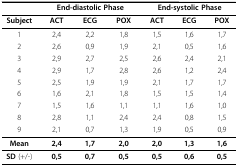
|  | <COLSPAN=3> End-diastolic Phase | <COLSPAN=3> End-systolic Phase |
 | --- | --- | --- | --- | --- | --- | --- |
 | Subject | ACT | ECG | POX | ACT | ECG | POX |
 | 1 | 2,4 | 2,2 | 1,8 | 1,5 | 1,6 | 1,7 |
 | 2 | 2,6 | 0,9 | 1,9 | 2,1 | 0,5 | 1,6 |
 | 3 | 2,9 | 2,7 | 2,5 | 2,6 | 2,4 | 2,1 |
 | 4 | 2,9 | 1,7 | 2,8 | 2,6 | 1,2 | 2,4 |
 | 5 | 2,5 | 1,9 | 1,9 | 2,1 | 1,7 | 1,7 |
 | 6 | 1,6 | 2,1 | 1,8 | 1,5 | 1,5 | 1,4 |
 | 7 | 1,5 | 1,6 | 1,1 | 1,1 | 1,6 | 1,0 |
 | 8 | 2,8 | 1,1 | 2,4 | 2,4 | 0,8 | 1,5 |
 | 9 | 2,1 | 0,7 | 1,3 | 1,9 | 0,5 | 0,9 |
 | Mean | 2,4 | 1,7 | 2,0 | 2,0 | 1,3 | 1,6 |
 | SD (+/-) | 0,5 | 0,7 | 0,5 | 0,5 | 0,6 | 0,5 |